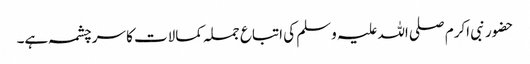
حضور نبی اکرم صلی اللہ علیہ وسلم کی اتباع جملہ کمالات کا سرچشمہ ہے۔